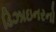
ડિઝાઇનરનો